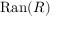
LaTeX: \mathrm { R a n } ( R )